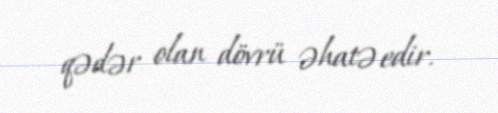
qədər olan dövrü əhatə edir.